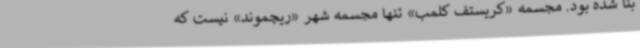
بنا شده بود. مجسمه «کریستف کلمب» تنها مجسمه شهر «ریچموند» نیست که